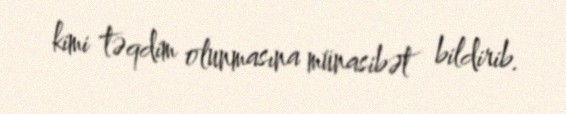
kimi təqdim olunmasına münasibət bildirib.